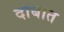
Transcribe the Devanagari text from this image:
दाबात